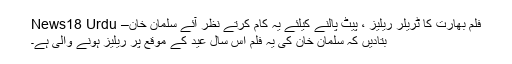
فلم بھارت کا ٹریلر ریلیز ، پیٹ پالنے کیلئے یہ کام کرتے نظر آئے سلمان خان– News18 Urdu
بتادیں کہ سلمان خان کی یہ فلم اس سال عید کے موقع پر ریلیز ہونے والی ہے۔